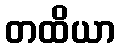
တထိယာ